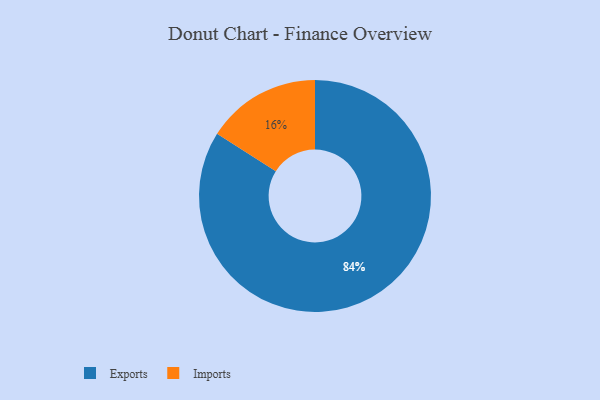
{"axis": {"x": "Category", "y": "Percentage"}, "legend": ["Exports", "Imports"], "data": [{"x": "Imports", "y": 16, "type": "Imports"}, {"x": "Exports", "y": 84, "type": "Exports"}]}